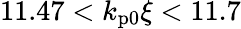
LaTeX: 11.47<k_{\mathrm{p0}}\xi<11.7